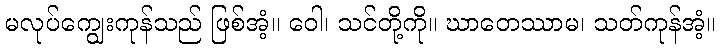
မလုပ်ကျွေးကုန်သည် ဖြစ်အံ့။ ဝေါ၊ သင်တို့ကို။ ဃာတေဿာမ၊ သတ်ကုန်အံ့။